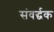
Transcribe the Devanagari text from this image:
संवर्द्धक